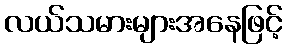
လယ်သမားများအနေဖြင့်